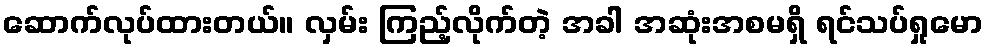
ဆောက်လုပ်ထားတယ်။ လှမ်း ကြည့်လိုက်တဲ့ အခါ အဆုံးအစမရှိ ရင်သပ်ရှုမော